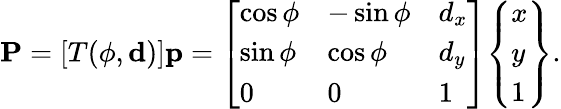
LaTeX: {\textbf{P}}=[T(\phi,\mathbf{d})]{\textbf{p}}={\left[\begin{array}{lll}{\cos\phi}&{-\sin\phi}&{d_{x}}\\ {\sin\phi}&{\cos\phi}&{d_{y}}\\ {0}&{0}&{1}\end{array}\right]}{\left\{ \begin{array}{l}{x}\\ {y}\\ {1}\end{array}\right\} }.